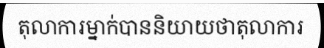
តុលាការម្នាក់បាននិយាយថាតុលាការ